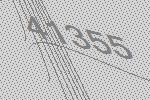
41355